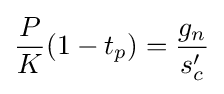
{\frac {P}{K}}(1-t_{p})={\frac {g_{n}}{s'_{c}}}